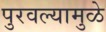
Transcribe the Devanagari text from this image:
पुरवल्यामुळे